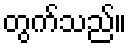
တွက်သည်။